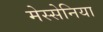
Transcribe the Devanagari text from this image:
मेस्सेनिया